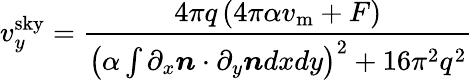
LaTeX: v_{y}^{\mathrm{sky}}=\frac{4\pi q\left(4\pi\alpha v_{\mathrm{m}}+F\right)}{\left(\alpha\int{\partial_{x}\boldsymbol{n}\cdot\partial_{y}\boldsymbol{n}dxdy}\right)^{2}+16\pi^{2}q^{2}}